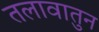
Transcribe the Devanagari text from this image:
तलावातुन